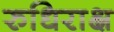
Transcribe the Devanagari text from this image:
रुधिराक्ष